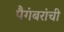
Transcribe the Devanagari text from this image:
पैगंबरांची